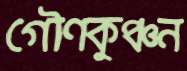
গৌণকুঞ্চন